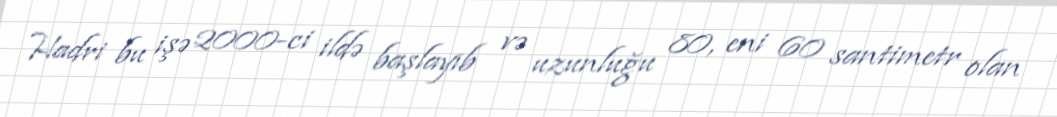
Hadri bu işə 2000-ci ildə başlayıb və uzunluğu 80, eni 60 santimetr olan